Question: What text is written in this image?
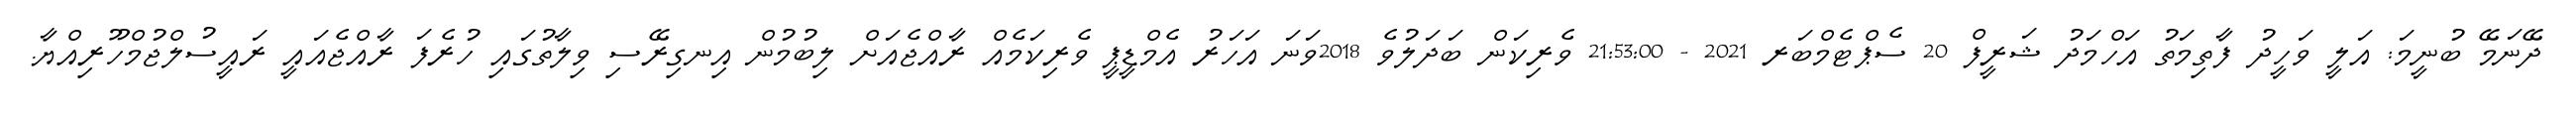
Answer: ދޭނަމޭ ބުނީމަ: އަލީ ވަހީދު ފާތިމަތު އަހްމަދު ޝަރީފް 20 ސެޕްޓެމްބަރ 2021 - 21:53:00 ވެރިކަން ބަދަލުވެ 2018ވަނަ އަހަރު އެމްޑީޕީ ވެރިކަމެއް ރާއްޖެއަށް ލިބުމުން އިނގިރޭސި ވިލާތުގައި ހުރެފަ ރާއްޖެއައީ ރައީސުލްޖުމްހޫރިއްޔާ.